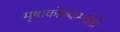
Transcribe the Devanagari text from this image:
मृषाकोप्रकम्पोष्ठो